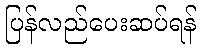
ပြန်လည်ပေးဆပ်ရန်